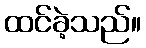
ထင်ခဲ့သည်။